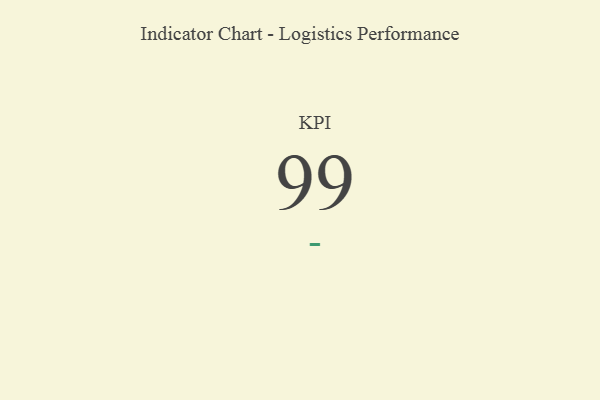
{"axis": {"x": "KPI", "y": "Value"}, "legend": [""], "data": [{"x": "KPI", "y": 99, "type": ""}]}